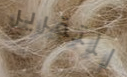
للتقرير